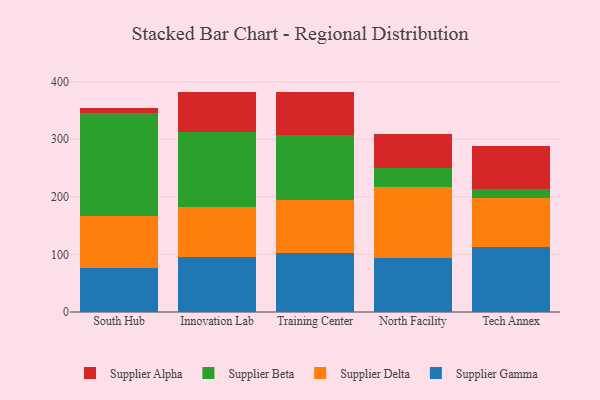
{"axis": {"x": "Campus", "y": "Production Output"}, "legend": ["Supplier Alpha", "Supplier Beta", "Supplier Delta", "Supplier Gamma"], "data": [{"x": "South Hub", "y": 77.0, "type": "Supplier Gamma"}, {"x": "South Hub", "y": 89.1, "type": "Supplier Delta"}, {"x": "South Hub", "y": 179.4, "type": "Supplier Beta"}, {"x": "South Hub", "y": 8.7, "type": "Supplier Alpha"}, {"x": "Innovation Lab", "y": 96.0, "type": "Supplier Gamma"}, {"x": "Innovation Lab", "y": 86.3, "type": "Supplier Delta"}, {"x": "Innovation Lab", "y": 130.5, "type": "Supplier Beta"}, {"x": "Innovation Lab", "y": 70.0, "type": "Supplier Alpha"}, {"x": "Training Center", "y": 102.7, "type": "Supplier Gamma"}, {"x": "Training Center", "y": 92.3, "type": "Supplier Delta"}, {"x": "Training Center", "y": 113.1, "type": "Supplier Beta"}, {"x": "Training Center", "y": 74.7, "type": "Supplier Alpha"}, {"x": "North Facility", "y": 93.2, "type": "Supplier Gamma"}, {"x": "North Facility", "y": 123.7, "type": "Supplier Delta"}, {"x": "North Facility", "y": 33.8, "type": "Supplier Beta"}, {"x": "North Facility", "y": 58.1, "type": "Supplier Alpha"}, {"x": "Tech Annex", "y": 112.7, "type": "Supplier Gamma"}, {"x": "Tech Annex", "y": 85.1, "type": "Supplier Delta"}, {"x": "Tech Annex", "y": 15.2, "type": "Supplier Beta"}, {"x": "Tech Annex", "y": 74.5, "type": "Supplier Alpha"}]}